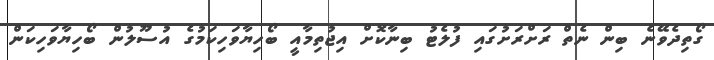
ގޯތިދެވޭނެ ބިން ނެތް ރަށްރަށުގައި ފުލެޓު ބިނާކޮށް އިޖުތިމާއީ ބޯހިޔާވަހިކަމުގެ އުސޫލުން ބޯހިޔާވަހިކަން